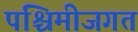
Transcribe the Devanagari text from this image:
पश्चिमीजगत